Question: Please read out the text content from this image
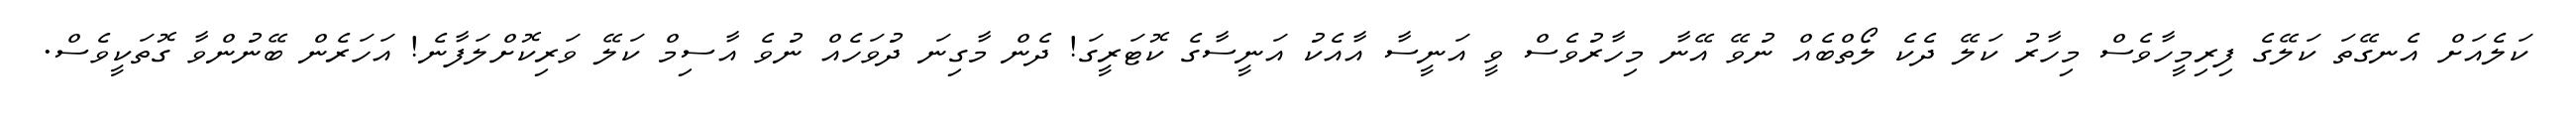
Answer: ކަލެއަށް އެނގޭތަ ކަލޭގެ ފިރިމީހާވެސް މިހާރު ކަލޭ ދެކެ ލޯތްބެއް ނުވޭ އޭނާ މިހާރުވެސް ވީ އަނީސާ އާއެކު އަނީސާގެ ކޮޓަރީގަ! ދެން މާގިނަ ދުވަހެއް ނުވެ އާސިމް ކަލޭ ވަރިކޮށްލަފާނެ! އަހަރެން ބޭނުންވާ ގޮތަކީވެސް.